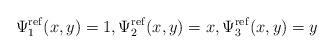
LaTeX: \begin{align*} \Psi^{\rm ref}_1(x,y) = 1, \Psi^{\rm ref}_2(x,y) = x, \Psi^{\rm ref}_3(x,y) = y\end{align*}